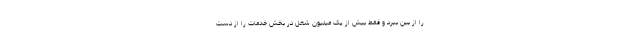
را از بین ببرد و فقط بیش از یک میلیون شغل در بخش خدمات را از دست